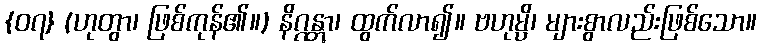
{၀၇} (ဟုတွာ၊ ဖြစ်ကုန်၏။) နိဂ္ဂန္တွာ၊ ထွက်လာ၍။ ဗဟုမ္ပိ၊ များစွာလည်းဖြစ်သော။